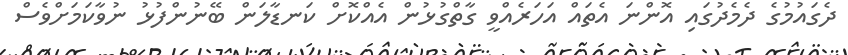
ދެގައުމުގެ ދެމެދުގައި އޮންނަ އެތައް އަހަރެއްވީ ގާތްގުޅުން އެއްކޮށް ކަނޑާލަން ބޭނުންފުޅު ނުވާކަމަށްވެސް